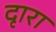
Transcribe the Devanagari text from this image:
दृारा